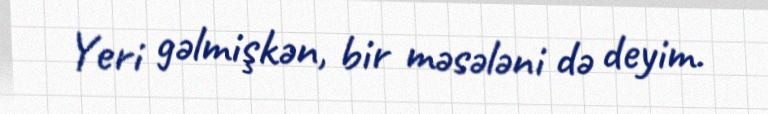
Yeri gəlmişkən, bir məsələni də deyim.